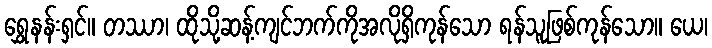
ရွှေနန်းရှင်။ တဿာ၊ ထိုသို့ဆန့်ကျင်ဘက်ကိုအလိုရှိကုန်သော ရန်သူဖြစ်ကုန်သော။ ယေ၊